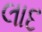
લાદ